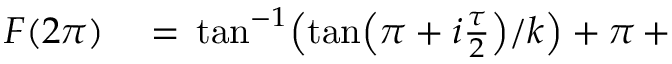
\begin{array} { r l } { F ( 2 \pi ) } & { { } = \, \tan ^ { - 1 } \! \left( { \tan \! \left( \pi + i \frac { \tau } { 2 } \right) } / { k } \right) + \pi \, + } \end{array}